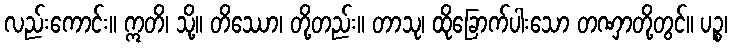
လည်းကောင်း။ ဣတိ၊ သို့။ တိဿော၊ တို့တည်း။ တာသု၊ ထိုခြောက်ပါးသော တဏှာတို့တွင်။ ပဉ္စ၊